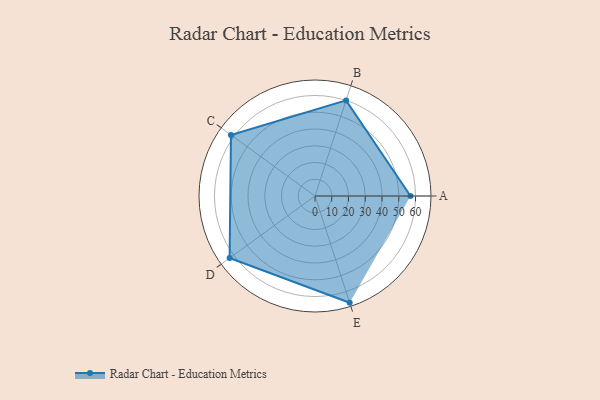
{"axis": {"x": "Skill", "y": "Score"}, "legend": ["Profile"], "data": [{"x": "A", "y": 57.0, "type": "Profile"}, {"x": "B", "y": 60.0, "type": "Profile"}, {"x": "C", "y": 62.0, "type": "Profile"}, {"x": "D", "y": 63.0, "type": "Profile"}, {"x": "E", "y": 67.0, "type": "Profile"}]}